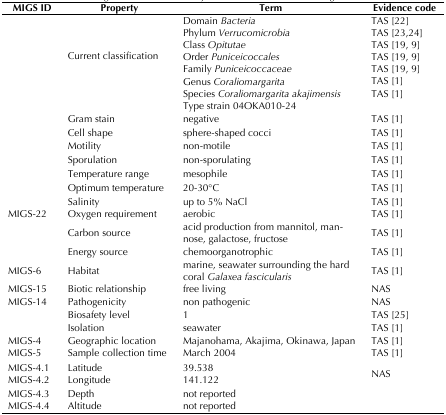
| MIGS ID | Property | Term | Evidence code |
 | --- | --- | --- | --- |
 | <ROWSPAN=8>  | <ROWSPAN=8> Current classification | Domain Bacteria | TAS [22] |
 | Phylum Verrucomicrobia | TAS [23,24] |
 | Class Opitutae | TAS [19, 9] |
 | Order Puniceicoccales | TAS [19, 9] |
 | Family Puniceicoccaceae | TAS [19, 9] |
 | Genus Coraliomargarita | TAS [1] |
 | Species Coraliomargarita akajimensis | TAS [1] |
 | Type strain 04OKA010-24 |  |
 |  | Gram stain | negative | TAS [1] |
 |  | Cell shape | sphere-shaped cocci | TAS [1] |
 |  | Motility | non-motile | TAS [1] |
 |  | Sporulation | non-sporulating | TAS [1] |
 |  | Temperature range | mesophile | TAS [1] |
 |  | Optimum temperature | 20-30°C | TAS [1] |
 |  | Salinity | up to 5% NaCl | TAS [1] |
 | MIGS-22 | Oxygen requirement | aerobic | TAS [1] |
 |  | Carbon source | acid production from mannitol, mannose,galactose, fructose | TAS [1] |
 |  | Energy source | chemoorganotrophic | TAS [1] |
 | MIGS-6 | Habitat | marine, seawater surrounding the hardcoral Galaxea fascicularis | TAS [1] |
 | MIGS-15 | Biotic relationship | free living | NAS |
 | MIGS-14 | Pathogenicity | non pathogenic | NAS |
 |  | Biosafety level | 1 | TAS [25] |
 |  | Isolation | seawater | TAS [1] |
 | MIGS-4 | Geographic location | Majanohama, Akajima, Okinawa, Japan | TAS [1] |
 | MIGS-5 | Sample collection time | March 2004 | TAS [1] |
 | MIGS-4.1MIGS-4.2 | LatitudeLongitude | 39.538141.122 | NAS |
 | MIGS-4.3 | Depth | not reported |  |
 | MIGS-4.4 | Altitude | not reported |  |